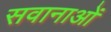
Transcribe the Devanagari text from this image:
सवानाओं